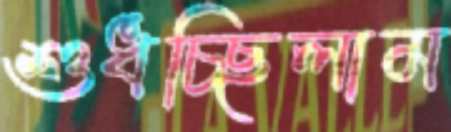
শুধচ্ছিলাম